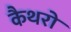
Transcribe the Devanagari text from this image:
कैथरो